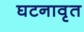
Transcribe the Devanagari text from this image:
घटनावृत